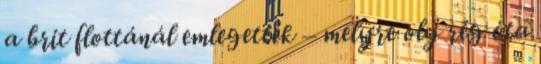
a brit flottánál emlegették – melyre oly rég óta